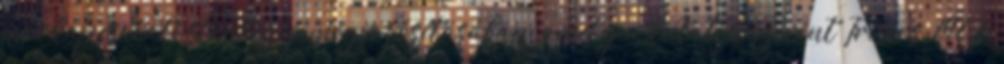
párkapcsolati stratégia megvalósításában, amely a kutatók szerint Trivers, 1972;